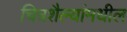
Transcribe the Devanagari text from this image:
चित्रशैल्यांमधील